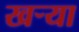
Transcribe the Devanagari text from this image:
खऱ्या